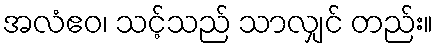
အလံဧဝ၊ သင့်သည် သာလျှင် တည်း။